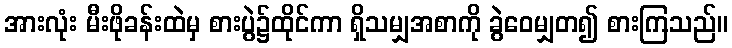
အားလုံး မီးဖိုခန်းထဲမှ စားပွဲ၌ထိုင်ကာ ရှိသမျှအစာကို ခွဲဝေမျှတ၍ စားကြသည်။